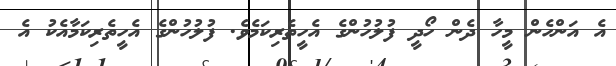
އެ އަންހެން މީހާ ދެން ހޯދީ ފުލުހުންގެ އެހީތެރިކަމެވެ. ފުލުހުންގެ އެހީތެރިކަމާއެކު އެ